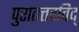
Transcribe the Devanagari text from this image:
पुरातत्तवविद्